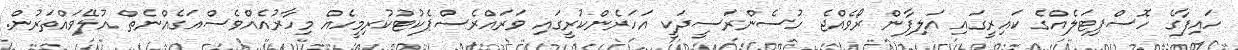
ހައިފާގެ ހޮސްޕިޓަލެއްގެ ކައިރީގައި އަލިފާން ރޯވެއްޖެ ހުސެންރަސީދަކީ އަހަރެންކުރީގައި ވަރައްރެސްޕެކުޓުކުރިމީހެއް މިހާރުއެއްވެސްއަގެއްނެތް އުލޭވައްތަރުން.